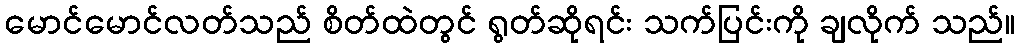
မောင်မောင်လတ်သည် စိတ်ထဲတွင် ရွတ်ဆိုရင်း သက်ပြင်းကို ချလိုက် သည်။